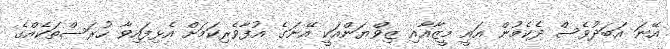
އޭނަ އަބަދުވެސް ދެކެމުން އައީ މީޒާއާއި ޒިވްޔަންއަކީ އޭނަގެ އުފާވެރިކަމަށް އެޅިފައިވާ ހުރަސްތަކެއްގެ